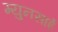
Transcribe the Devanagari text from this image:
म्युनसाई